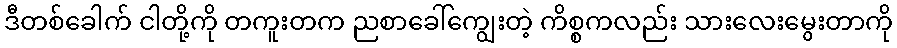
ဒီတစ်ခေါက် ငါတို့ကို တကူးတက ညစာခေါ်ကျွေးတဲ့ ကိစ္စကလည်း သားလေးမွေးတာကို